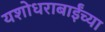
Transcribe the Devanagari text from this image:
यशोधराबाईंच्या